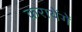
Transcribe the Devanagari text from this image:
करायेंगें